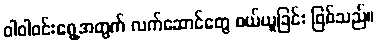
ဝါဝါဝင်းရွေ့အတွက် လက်ဆောင်တွေ ဝယ်ယူခြင်း ဖြစ်သည်။